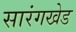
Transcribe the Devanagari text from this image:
सारंगखेड